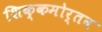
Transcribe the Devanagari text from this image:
शिक्कमोर्तब